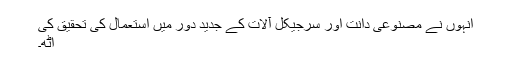
انہوں نے مصنوعی دانت اور سرجیکل آلات کے جدید دور میں استعمال کی تحقیق کی
اٹھ۔